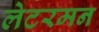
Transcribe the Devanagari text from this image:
लेटरमन